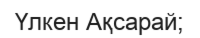
Үлкен Ақсарай;